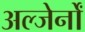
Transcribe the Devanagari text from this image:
अल्जेर्नों